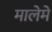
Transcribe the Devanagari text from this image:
मालेमे